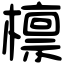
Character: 檩